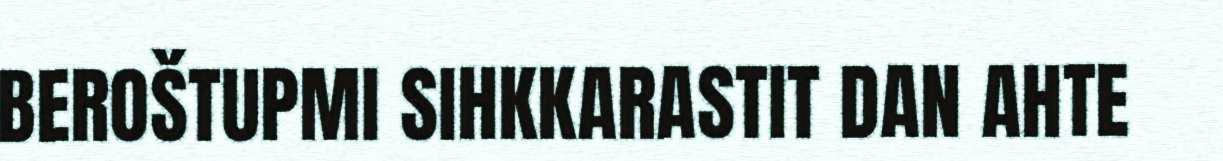
BEROŠTUPMI SIHKKARASTIT DAN AHTE